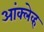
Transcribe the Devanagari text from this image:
आंक्लेव्ह